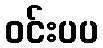
ဝင်းပပ